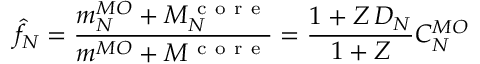
\hat { f } _ { N } = \frac { m _ { N } ^ { M O } + M _ { N } ^ { \mathrm { ~ c ~ o ~ r ~ e ~ } } } { m ^ { M O } + M ^ { \mathrm { ~ c ~ o ~ r ~ e ~ } } } = \frac { 1 + Z \, D _ { N } } { 1 + Z } C _ { N } ^ { M O }